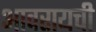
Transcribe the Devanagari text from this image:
आवरायची